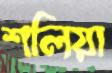
শলিয়া